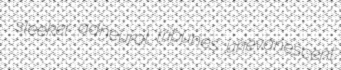
sleeker adneural tribunes unevanescent